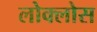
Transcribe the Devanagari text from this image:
लोक्लोस